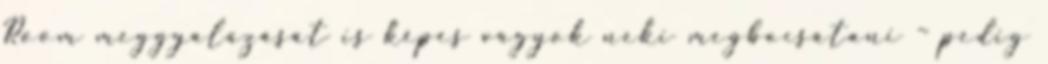
Room meggyalázását is képes vagyok neki megbocsátani – pedig